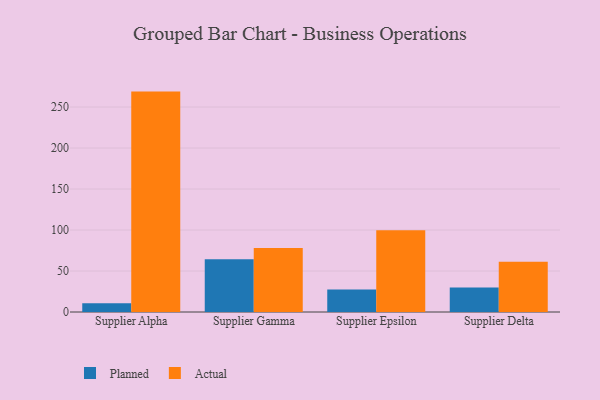
{"axis": {"x": "Supplier", "y": "Customer Acquisition Cost (USD)"}, "legend": ["Actual", "Planned"], "data": [{"x": "Supplier Alpha", "y": 10.6, "type": "Planned"}, {"x": "Supplier Alpha", "y": 268.8, "type": "Actual"}, {"x": "Supplier Gamma", "y": 64.2, "type": "Planned"}, {"x": "Supplier Gamma", "y": 78.1, "type": "Actual"}, {"x": "Supplier Epsilon", "y": 27.4, "type": "Planned"}, {"x": "Supplier Epsilon", "y": 99.7, "type": "Actual"}, {"x": "Supplier Delta", "y": 30.0, "type": "Planned"}, {"x": "Supplier Delta", "y": 61.4, "type": "Actual"}]}